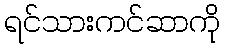
ရင်သားကင်ဆာကို